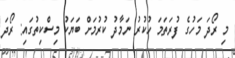
މި ރޯދަ މަހުގެ ފުރަތަމަ ހުކުރު ނަމާދު ކުރުމަށް ބަޔަކު މިސްކިތުގައި: ރޯދަ